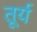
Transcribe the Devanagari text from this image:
तूर्य